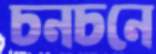
চনচনে